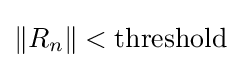
\|R_{n}\|<\mathrm {threshold}